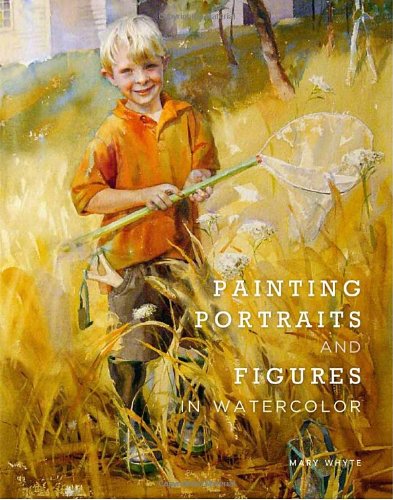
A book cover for Painting Portraits and Figures in Watercolor; Mary Whyte; Arts & Photography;